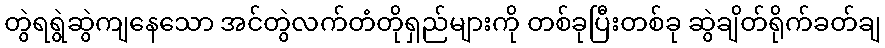
တွဲရရွဲဆွဲကျနေသော အင်တွဲလက်တံတိုရှည်များကို တစ်ခုပြီးတစ်ခု ဆွဲချိတ်ရိုက်ခတ်ချ